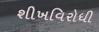
શીખવિરોધી